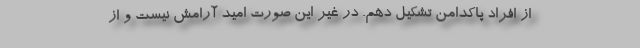
از افراد پاکدامن تشکیل دهم. در غیر این صورت امید آرامش نیست و از